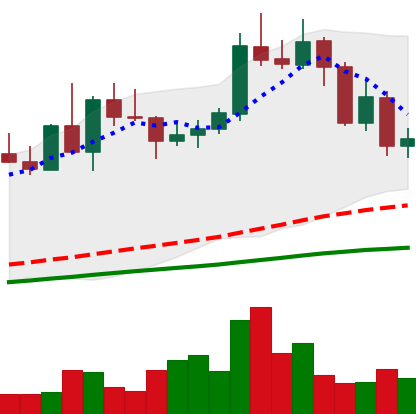
Ticker: NEO-USD
Chart end date: 2020-09-06
Forward return: 18.533%
Label: up_7plus